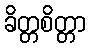
ခိတ္တစိတ္တာ